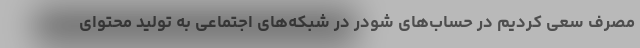
مصرف سعی کردیم در حساب‌های شودر در شبکه‌های اجتماعی به تولید محتوای